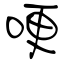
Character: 哽